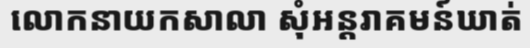
លោកនាយកសាលា សុំអន្តរាគមន៍ឃាត់